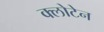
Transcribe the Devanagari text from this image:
क्लोटेन